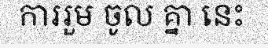
ការរួម ចូល គ្នា នេះ